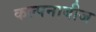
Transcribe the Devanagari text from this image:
कल्पनाबीज